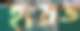
হায়ত